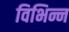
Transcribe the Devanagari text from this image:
विभिन्न